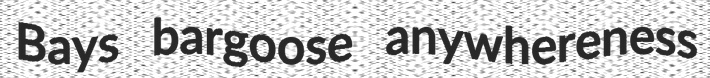
Bays bargoose anywhereness